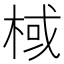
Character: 棫